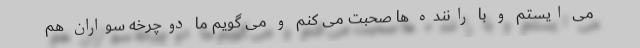
می ایستم و با راننده ها صحبت می کنم و می گویم ما دوچرخه سواران هم